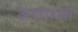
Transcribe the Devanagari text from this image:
असाध्या